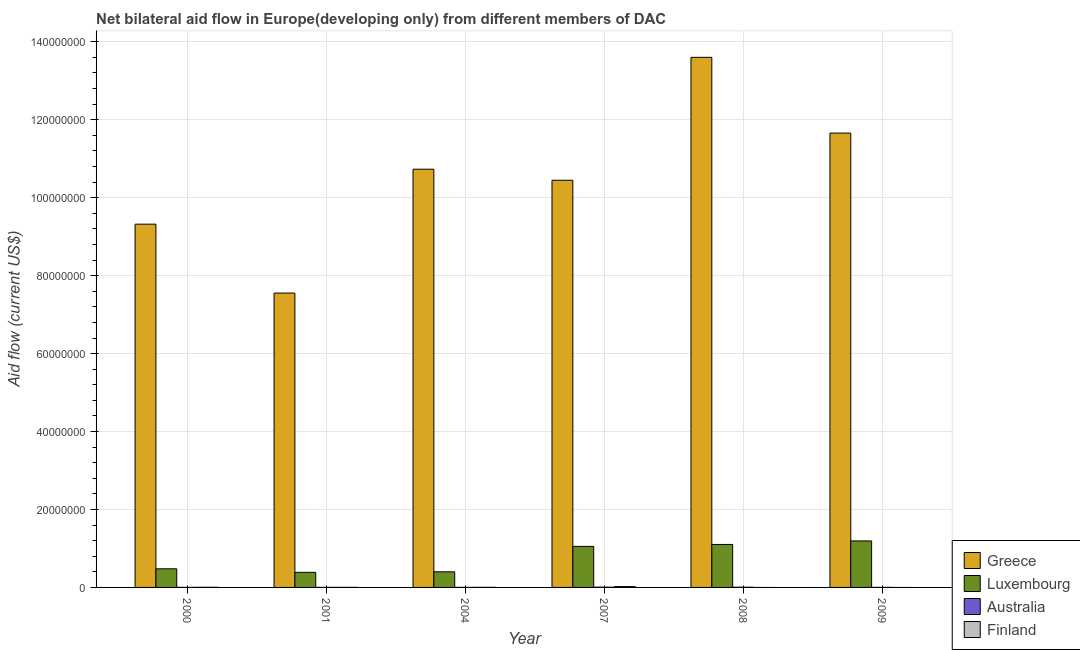
| Year | Greece | Luxembourg | Australia | Finland |
 | --- | --- | --- | --- | --- |
 | 2000 | 9.32e+07 | 4.78e+06 | 1e+04 | 3e+04 |
 | 2001 | 7.55e+07 | 3.87e+06 | 1e+04 | 1e+04 |
 | 2004 | 1.07e+08 | 4.01e+06 | 1e+04 | 2e+04 |
 | 2007 | 1.04e+08 | 1.05e+07 | 6e+04 | 2.1e+05 |
 | 2008 | 1.36e+08 | 1.1e+07 | 5e+04 | -2e+05 |
 | 2009 | 1.17e+08 | 1.19e+07 | 1e+04 | -1.7e+05 |